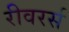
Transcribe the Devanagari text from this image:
रीवरर्स